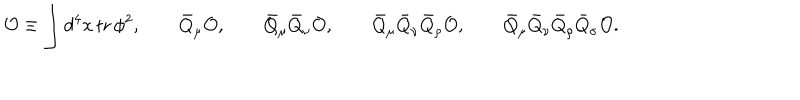
LaTeX: { \cal O } \equiv \int d ^ { 4 } x \, \mathrm { t r } \, \phi ^ { 2 } , \qquad \bar { Q } _ { \mu } { \cal O } , \qquad \bar { Q } _ { \mu } \bar { Q } _ { \nu } { \cal O } , \qquad \bar { Q } _ { \mu } \bar { Q } _ { \nu } \bar { Q } _ { \rho } { \cal O } , \qquad \bar { Q } _ { \mu } \bar { Q } _ { \nu } \bar { Q } _ { \rho } \bar { Q } _ { \sigma } { \cal O } .